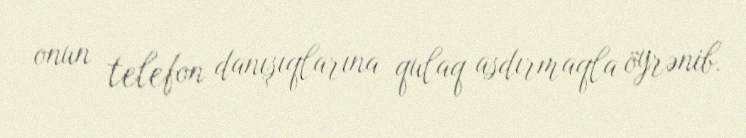
onun telefon danışıqlarına qulaq asdırmaqla öyrənib.